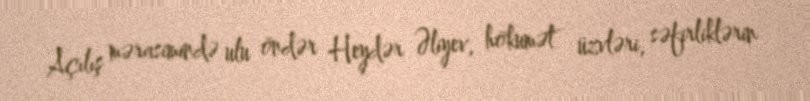
Açılış mərasimində ulu öndər Heydər Əliyev, hökumət üzvləri, səfirliklərin